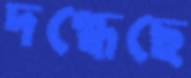
দগ্ধেছে